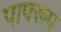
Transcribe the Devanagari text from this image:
पापरूप